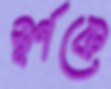
স্বর্ণকে